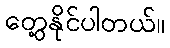
တွေ့နိုင်ပါတယ်။